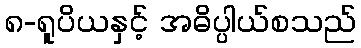
၈-ရူပိယနှင့် အဓိပ္ပါယ်စသည်